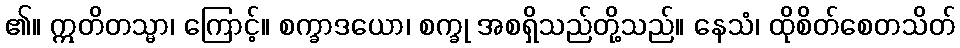
၏။ ဣတိတသ္မာ၊ ကြောင့်။ စက္ခာဒယော၊ စက္ခု အစရှိသည်တို့သည်။ နေသံ၊ ထိုစိတ်စေတသိတ်